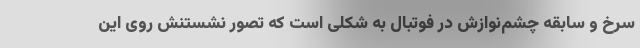
سرخ و سابقه چشم‌نوازش در فوتبال به شکلی است که تصور نشستنش روی این